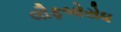
લૌફબોરોઘ